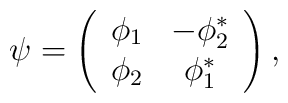
\psi = \left( \begin{array}{cc}              \phi_1 & -\phi_2^* \\	      \phi_2 & \phi_1^*	      \end{array} \right) ,